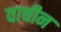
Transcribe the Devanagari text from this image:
वाचीन